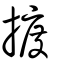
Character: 𢱋